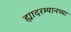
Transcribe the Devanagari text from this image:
ह्यादरम्यानच्या